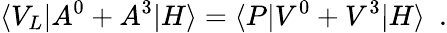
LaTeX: \langle V_{L}|A^{0}+A^{3}|H\rangle=\langle P|V^{0}+V^{3}|H\rangle\, \, \, .